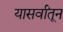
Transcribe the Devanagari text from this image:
यासर्वांतून